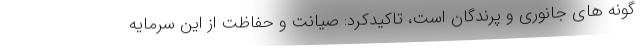
گونه های جانوری و پرندگان است، تاکیدکرد: صیانت و حفاظت از این سرمایه